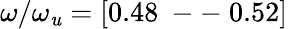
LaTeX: \omega/\omega_{\mathit{u}}=[0.48\mathrm{{~--~}}0.52]